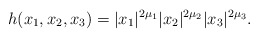
\begin{align*} h(x_1,x_2,x_3)=|x_1|^{2\mu_1}|x_2|^{2\mu_2}|x_3|^{2\mu_3}.\end{align*}